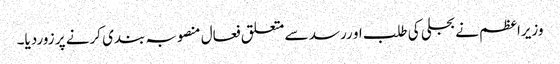
وزیراعظم نے بجلی کی طلب او ررسد سے متعلق فعال منصوبہ بندی کرنے پر زوردیا۔